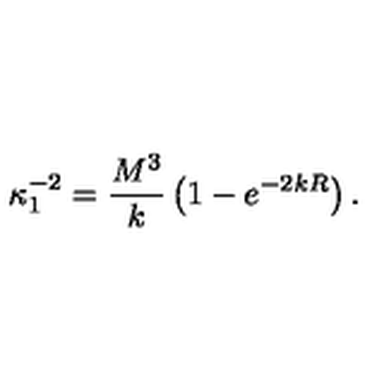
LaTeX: \kappa _ { 1 } ^ { - 2 } = \frac { M ^ { 3 } } { k } \left( 1 - e ^ { - 2 k R } \right) .